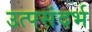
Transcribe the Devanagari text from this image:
उत्पसंदर्भ